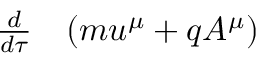
\begin{array} { r l } { \frac { d } { d \tau } } & { { } ( m u ^ { \mu } + q A ^ { \mu } ) } \end{array}